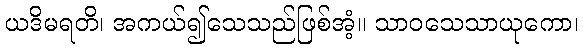
ယဒိမရတိ၊ အကယ်၍သေသည်ဖြစ်အံ့။ သာဝသေသာယုကော၊